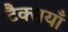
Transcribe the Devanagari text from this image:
टैक्सयाँ